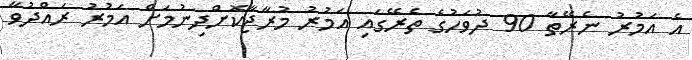
އެ އަމުރު ނެރޭތާ 90 ދުވަހުގެ ތެރޭގައި އަމުރު މުރާޖާކޮށްދިނުމަށް އަމުރު ރައްދުވާ